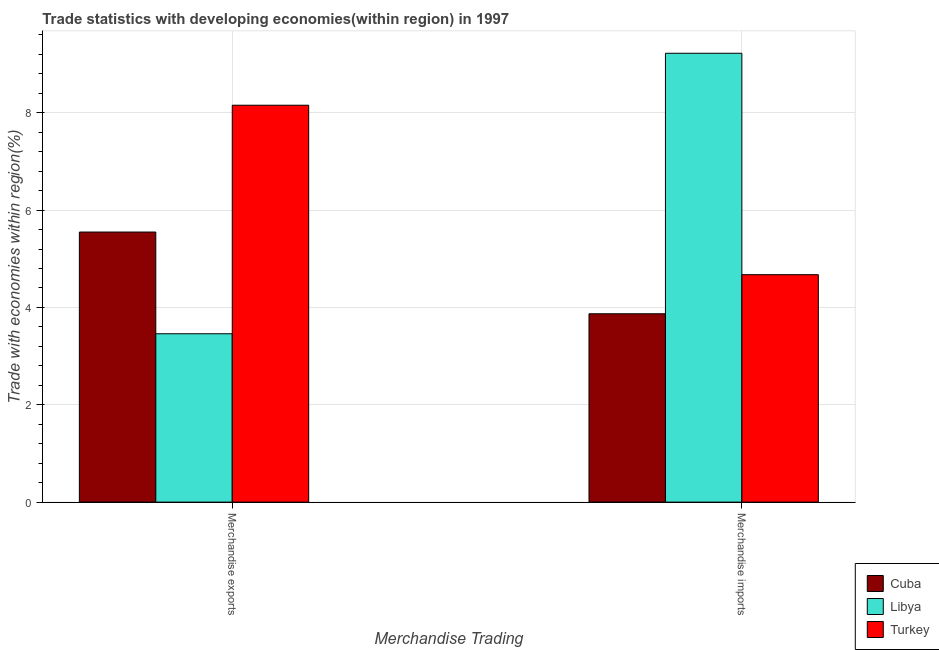
| Merchandise Trading | Cuba | Libya | Turkey |
 | --- | --- | --- | --- |
 | Merchandise exports | 5.55 | 3.46 | 8.15 |
 | Merchandise imports | 3.87 | 9.22 | 4.67 |